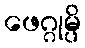
ဖေဂ္ဂုမ္ပိ